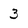
Character: 3